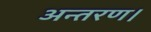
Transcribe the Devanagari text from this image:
अन्तरण।